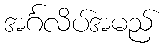
အင်္ဂလိပ်အမည်